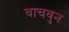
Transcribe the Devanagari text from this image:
वाचवुन